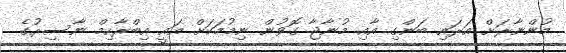
މުންނާރަށް އަރައި ބަންގި އާއި މުނާޖާ ގޮވުން ނިމުމަކަށް އައީ އިބްރާހިމް ނާސިރުގެ